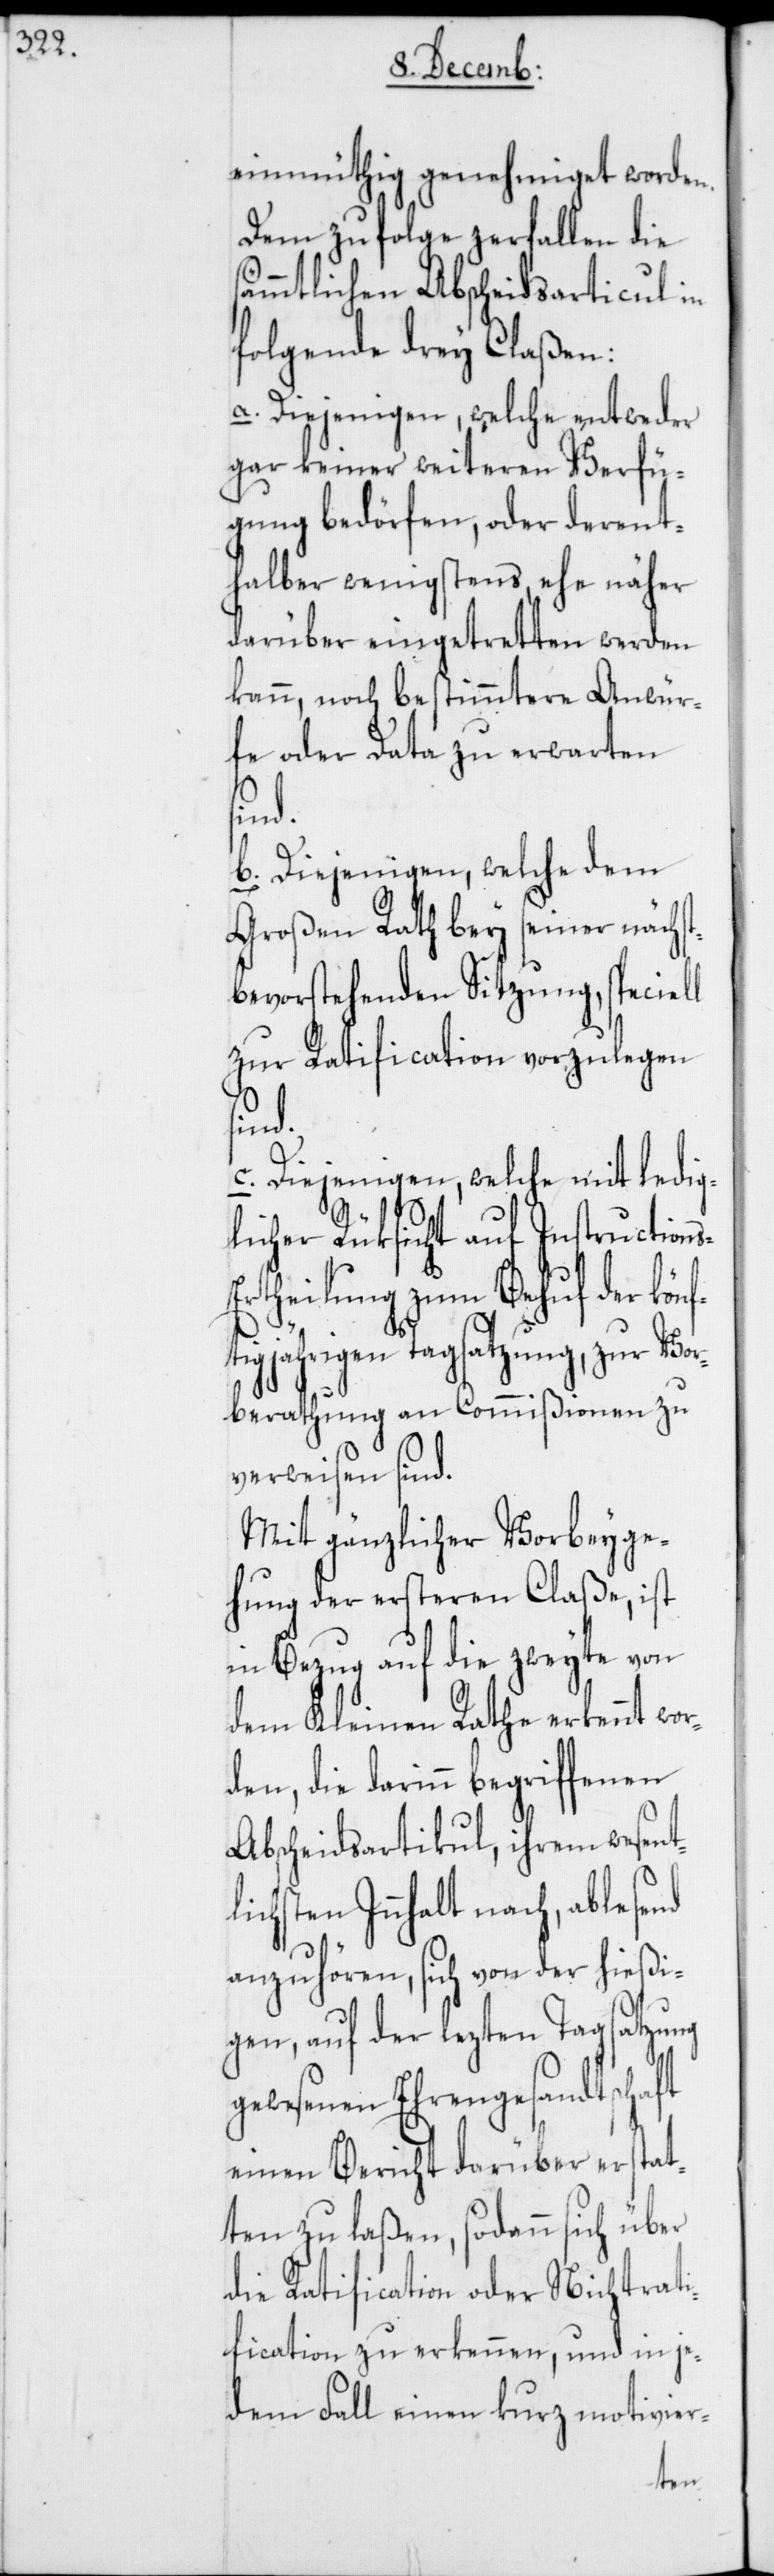
einmüthig genehmiget worden.
Dem zu folge zerfallen die
sämmtlichen Abscheidsarticul in
folgende drey Claßen:
a. Diejenigen, welche entweder
gar keiner weiteren Verfü¬
gung bedörfen, oder derent¬
halber wenigstens, ehe näher
darüber eingetretten werden
kann, noch bestimmtere Anwür¬
fe oder Data zu erwarten
sind.
b. Diejenigen, welche dem
Großen Rath bey seiner nächst
bevorstehenden Sitzung, speciell
zur Ratification vorzulegen
s-E¬
c. Diejenigen, welche mit ledig¬
licher Rüksicht auf Instruction¬
rtheilung zum Behuf der könf¬
tigjährigen Tagsatzung, zur Vor¬
berathung an Commißionen zu
verweisen sind.
Mit gänzlicher Vorbeyge¬
hung der ersteren Claße, ist
in Bezug auf die zweyte von
dem Kleinen Rathe erkennt wor¬
den, die darinn begriffenen
Abscheidsartikul, ihrem wesent¬
lichsten Innhalt nach, ablesend
anzuhören, sich von der hießi¬
gen, auf der lezten Tagsatzung
gewesenen Ehrengesandtschaft
einen Bericht darüber erstat¬
ten zu laßen, sodann sich über
die Ratification oder Nichtrati¬
fication zu erkennen, und in je¬
dem Fall einen kurz motivier-